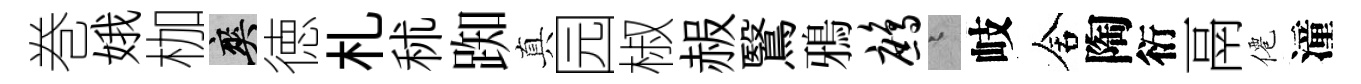
巻娥枷爽徳札秫踟真园椒赧鷖鴉鹧迢岐舍陶衍鬲僊潼